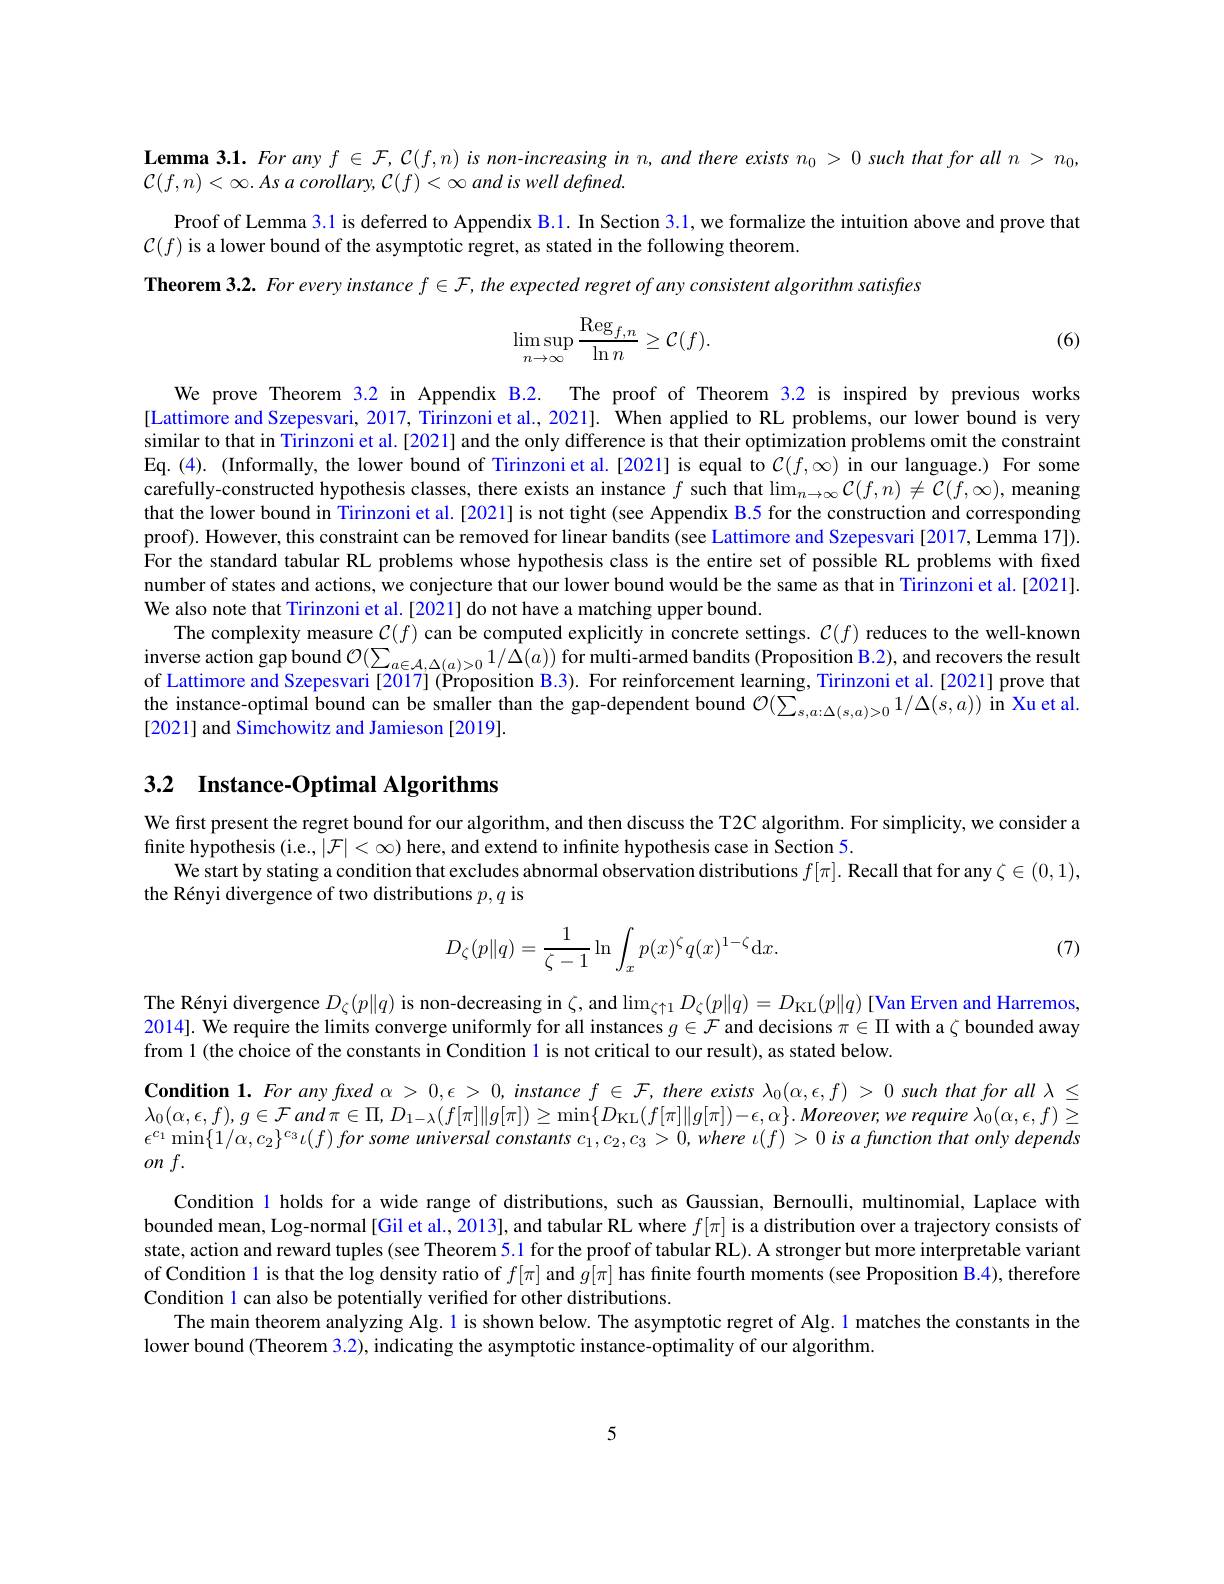
Lemma 3.1. For any $f\in\mathcal{F},\mathcal{C}(f,n)$ is non-increasing in $n,and$ there exists $n_0> 0\textit{ such that for all }n> n_0$,
${\mathcal{C} }( f, n) < \infty . As$ $a$ $corollary$, ${\mathcal{C} }( f) < \infty$ and $is$ well $defined.$

Proof of Lemma 3.1 is deferred to Appendix B.1. In Section 3.1, we formalize the intuition above and prove that
$\mathcal{C}(f)$ is a lower bound of the asymptotic regret, as stated in the following theorem.
Theorem 3.2. For every instance $f\in\mathcal{F},the$ expected regret of any consistent algorithm satisfres
$$\begin{aligned}\lim_{n\to\infty}\sup_{n\to\infty}\frac{\mathrm{Reg}_{f,n}}{\ln n}\geq\mathcal{C}(f).\end{aligned}$$
(6)

We prove Theorem $\color{red}{3.2}$ in Appendix B.2. The proof of Theorem 3.2 is inspired by previous works [Lattimore and Szepesvari, 2017, Tirinzoni et al., 2021]. When applied to RL problems, our lower bound is very similar to that in Tirinzoni et al.[2021] and the only difference is that their optimization problems omit the constraint Eq.(4).(Informally, the lower bound of Tirinzoni et al.[2021] is equal to $C(f,\infty)$ in our language.) For some carefully-constructed hypothesis classes, there exists an instance $f$ such that $\lim_n\to\infty\mathcal{C}(f,n)\neq\mathcal{C}(f,\infty)$, meaning that the lower bound in Tirinzoni et al.[2021] is not tight (see Appendix B.5 for the construction and corresponding proof). However, this constraint can be removed for linear bandits (see Lattimore and Szepesvari [2017, Lemma 17]). For the standard tabular RL problems whose hypothesis class is the entire set of possible RL problems with fixed number of states and actions, we conjecture that our lower bound would be the same as that in Tirinzoni et al.[2021]. We also note that Tirinzoni et al.[2021] do not have a matching upper bound.
The complexity measure $\mathcal{C}(f)$ can be computed explicitly in concrete settings. $\mathcal{C}(f)$ reduces to the well-known $\begin{aligned}\text{inverse action gap bound }\mathcal{O}(\sum_{a\in\mathcal{A},\Delta(a)>0}1/\Delta(a))\text{ for multi-armed bandits (Proposition B.2), and recovers the result}\\\text{inverse action gap bound }\mathcal{O}(\sum_{a\in\mathcal{A},\Delta(a)>0}1/\Delta(a))\text{ for multi-armed bandits (Proposition }\mathcal{B}.2),\mathrm{~and~recovers~the~res}\end{aligned}$ of Lattimore and Szepesvari [2017] (Proposition B.3). For reinforcement learning, Tirinzoni et al.[2021] prove that the instance-optimal bound can be smaller than the gap-dependent bound $\mathcal{O}(\sum_{s,a:\Delta(s,a)>0}1/\Delta(s,a))$ in Xu et al[2021] and Simchowitz and Jamieson [2019].

# 3.2 Instance-Optimal Algorithms

We first present the regret bound for our algorithm, and then discuss the T2C algorithm. For simplicity, we consider a
finite hypothesis (i.e., $|\mathcal{F}|<\infty)$ here, and extend to infinite hypothesis case in Section 5.
We start by stating a condition that excludes abnormal observation distributions $f[\pi].$ Recall that for any $\zeta\in(0,1)$,
the Rényi divergence of two distributions $p,q$ is
$$D_{\zeta}(p\|q)=\frac{1}{\zeta-1}\ln\int_{x}p(x)^{\zeta}q(x)^{1-\zeta}\mathrm{d}x.$$
(7)

The Rényi divergence $D_\zeta(p\|q)$ is non-decreasing in $\zeta$, and $\lim_\zeta\uparrow1D_\zeta(p\|q)=D_{\mathrm{KL}}(p\|q)$ [Van Erven and Harremos, 2014]. We require the limits converge uniformly for all instances $g\in\mathcal{F}$ and decisions $\pi\in\Pi$ with a $\zeta$ bounded away from 1(the choice of the constants in Condition l is not critical to our result), as stated below.

$\textbf{Condition 1. For any faxed }\alpha > 0, \epsilon > 0, instance f\in \mathcal{F} , there exists \lambda _{0}( \alpha , \epsilon , f) > 0 such that for all \lambda \leq$ $\lambda _{0}( \alpha , \epsilon , f) , g\in \mathcal{F}$ and $\pi \in \Pi $, $D_{1- \lambda }( f[ \pi ] \| g[ \pi ] ) \geq \min \{ D_{\mathrm{KL}}( f[ \pi ] \| g[ \pi ] ) - \epsilon , \alpha \} .$ Moreover, we require $\lambda_0(\alpha,\epsilon,f)\geq$ $\epsilon ^{c_{1}}\min \{ 1/ \alpha , c_{2}\} ^{c_{3}}\iota ( f) \textit{ for some universal constants }c_{1}, c_{2}, c_{3}> 0, where$ $\iota ( f) > 0$ is $a$ function that only depends

$on$ $f.$
Condition l holds for a wide range of distributions, such as Gaussian, Bernoulli, multinomial, Laplace with bounded mean, Log-normal [Gil et al., 2013], and tabular RL where $f[\pi]$ is a distribution over a trajectory consists of state, action and reward tuples (see Theorem 5.1 for the proof of tabular RL). A stronger but more interpretable variant of Condition l is that the log density ratio of $f[\pi]$ and $g[\pi]$ has finite fourth moments (see Proposition B.4), therefore Condition 1 can also be potentially verified for other distributions.
The main theorem analyzing Alg.1 is shown below. The asymptotic regret of Alg. l matches the constants in the
lower bound (Theorem 3.2), indicating the asymptotic instance-optimality of our algorithm.

5